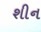
શીન